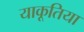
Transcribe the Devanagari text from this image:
याकूतिया